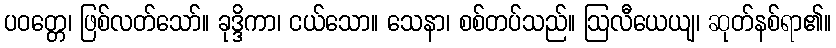
ပဝတ္တေ၊ ဖြစ်လတ်သော်။ ခုဒ္ဒိကာ၊ ငယ်သော။ သေနာ၊ စစ်တပ်သည်။ ဩလီယေယျ၊ ဆုတ်နစ်ရာ၏။